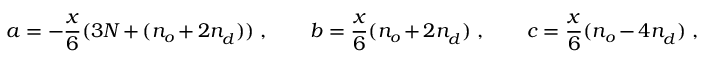
a = - { \frac { x } { 6 } } ( 3 N + ( n _ { o } ^ { } + 2 n _ { d } ^ { } ) ) \ , \qquad b = { \frac { x } { 6 } } ( n _ { o } ^ { } + 2 n _ { d } ^ { } ) \ , \qquad c = { \frac { x } { 6 } } ( n _ { o } ^ { } - 4 n _ { d } ^ { } ) \ ,